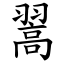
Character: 翯